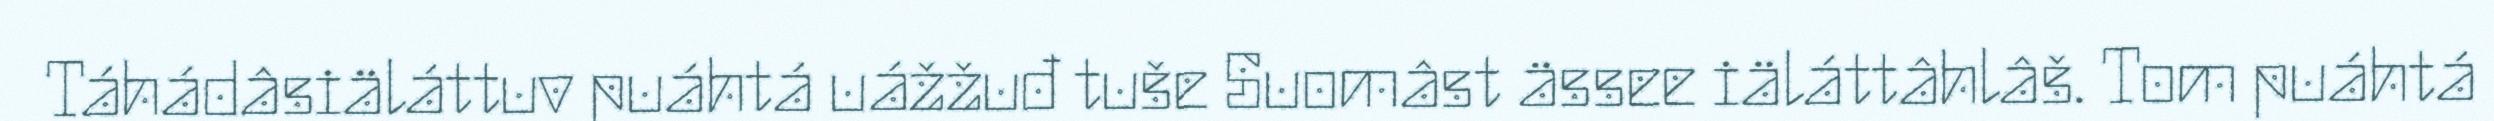
Táhádâsiäláttuv puáhtá uážžuđ tuše Suomâst ässee iäláttâhlâš. Tom puáhtá